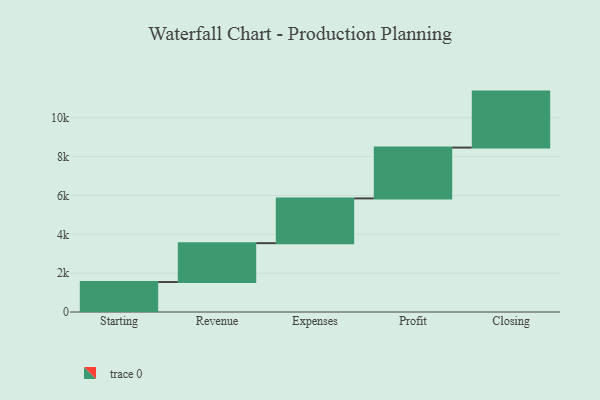
{"axis": {"x": "Step", "y": "Value"}, "legend": [""], "data": [{"x": "Starting", "y": 1543.0, "type": ""}, {"x": "Revenue", "y": 2002.0, "type": ""}, {"x": "Expenses", "y": 2304.0, "type": ""}, {"x": "Profit", "y": 2618.0, "type": ""}, {"x": "Closing", "y": 2882.0, "type": ""}]}